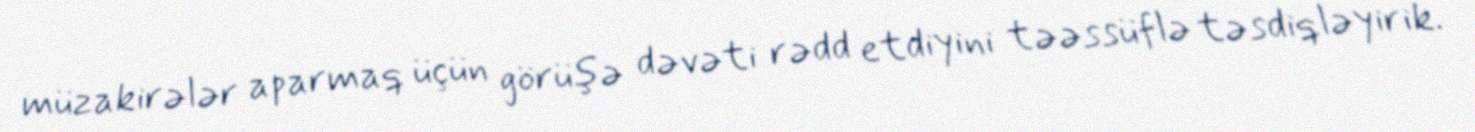
müzakirələr aparmaq üçün görüşə dəvəti rədd etdiyini təəssüflə təsdiqləyirik.